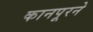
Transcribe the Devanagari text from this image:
कानपूरने